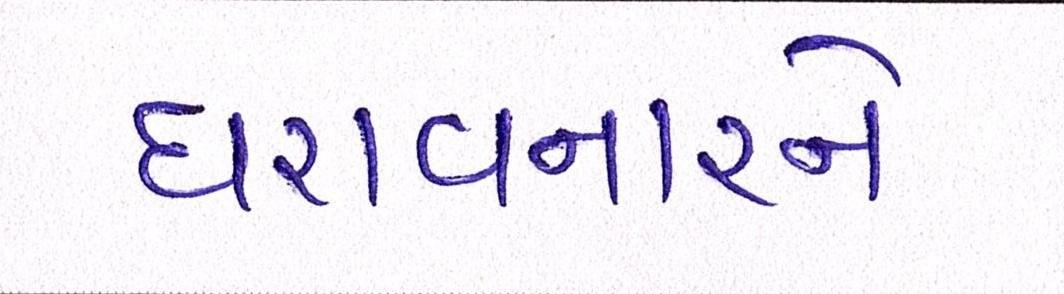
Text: ધરાવનારને